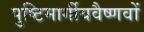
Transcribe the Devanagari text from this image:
पुष्टिमार्गीयवैष्णवों